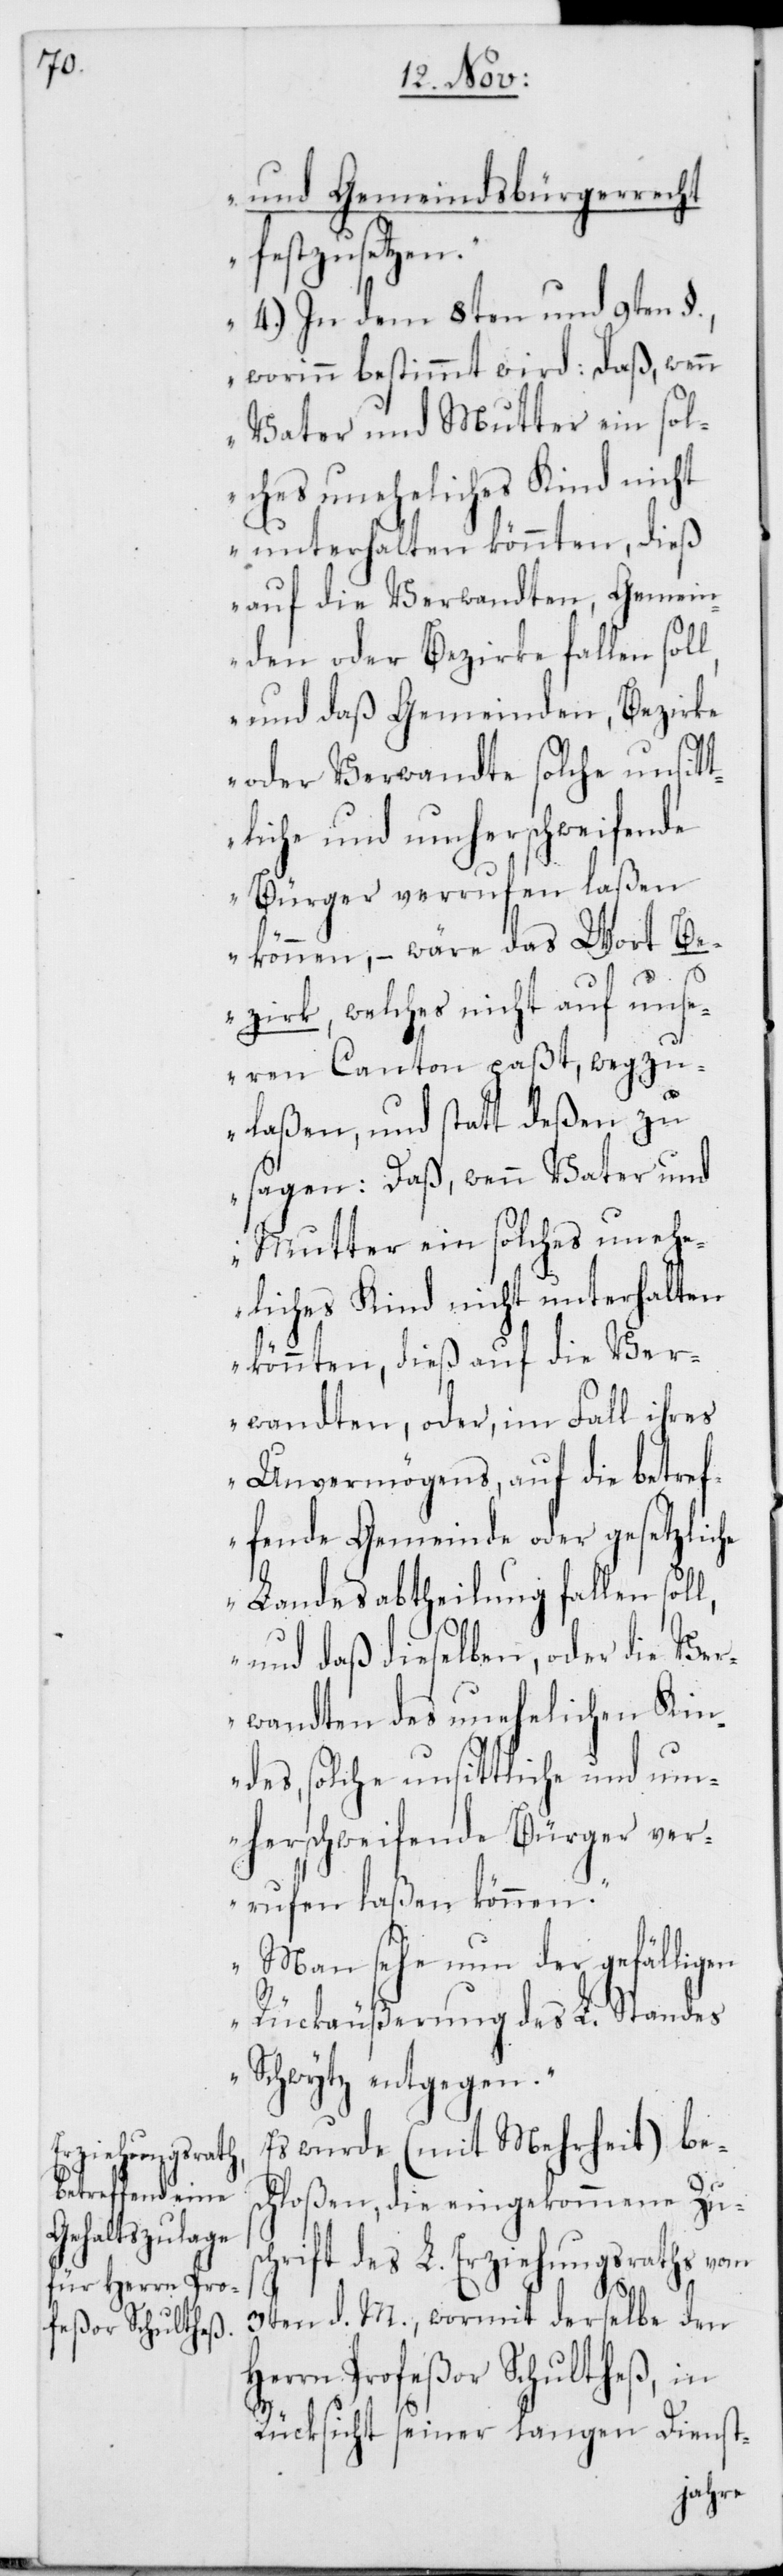
und Gemeindsbürgerrecht
festzusetzen.“
„4. In dem 8ten und 9ten
worinn bestimmt wird: daß, wenn
Vater und Mutter ein sol¬
ches uneheliches Kind nicht
unterhalten könnten, dieß
auf die Verwandten, Gemein¬
den oder Bezirke fallen sol¬
l, und daß Gemeinden, Bezirke
oder Verwandte solche unsitt¬
liche und umherschweifende
Bürger verrufen laßen
können, – wäre das Wort Be¬
zirk, welches nicht auf uns¬
eren Canton paßt, wegzu¬
laßen, und statt deßen zu
sagen: Daß, wenn Vater und
Mutter ein solches uneh¬
eliches Kind nicht unterhalten
könnten, dieß auf die Ver¬
wandten oder im Fall ihres
Unvermögens, auf die betref¬
fende Gemeinde oder gesetzliche
Landesabtheilung fallen soll,
und daß dieselben, oder die Ver¬
wandten des unehelichen Kin¬
des, solche unsittliche und um¬
herschweifende Bürger ver¬
rufen laßen können.“
„Man sehe nun der gefälligen
Rückäußerung des L. Standes
Schwytz entgegen.“
Es wurde (mit Mehrheit) bes¬
chloßen, die eingekommene Zus¬
chrift des L. Erziehungsraths vom
H¬
3ten d. M., wormit derselbe den
errn Profeßor Schultheß, in
Rücksicht seiner langen Dienst-